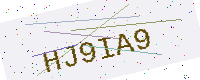
Text: HJ9IA9